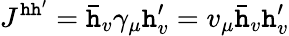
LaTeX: J^{\mathtt{h}\mathtt{h}^{\prime}}=\bar{{\mathtt{h}}}_{v}\gamma_{\mu}\mathtt{h}_{v}^{\prime}=v_{\mu}\bar{{\mathtt{h}}}_{v}\mathtt{h}_{v}^{\prime}